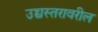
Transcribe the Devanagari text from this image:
उच्चस्तरावरील